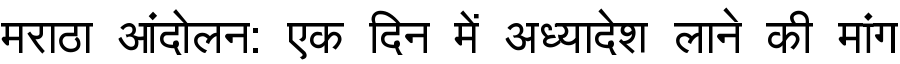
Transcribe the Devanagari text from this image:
मराठा आंदोलन: एक दिन में अध्यादेश लाने की मांग